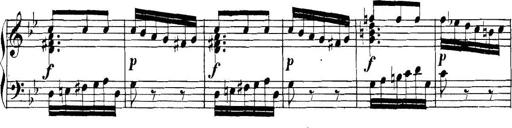
Title: Collected Piano Sonatas
Composer: Muzio Clementi